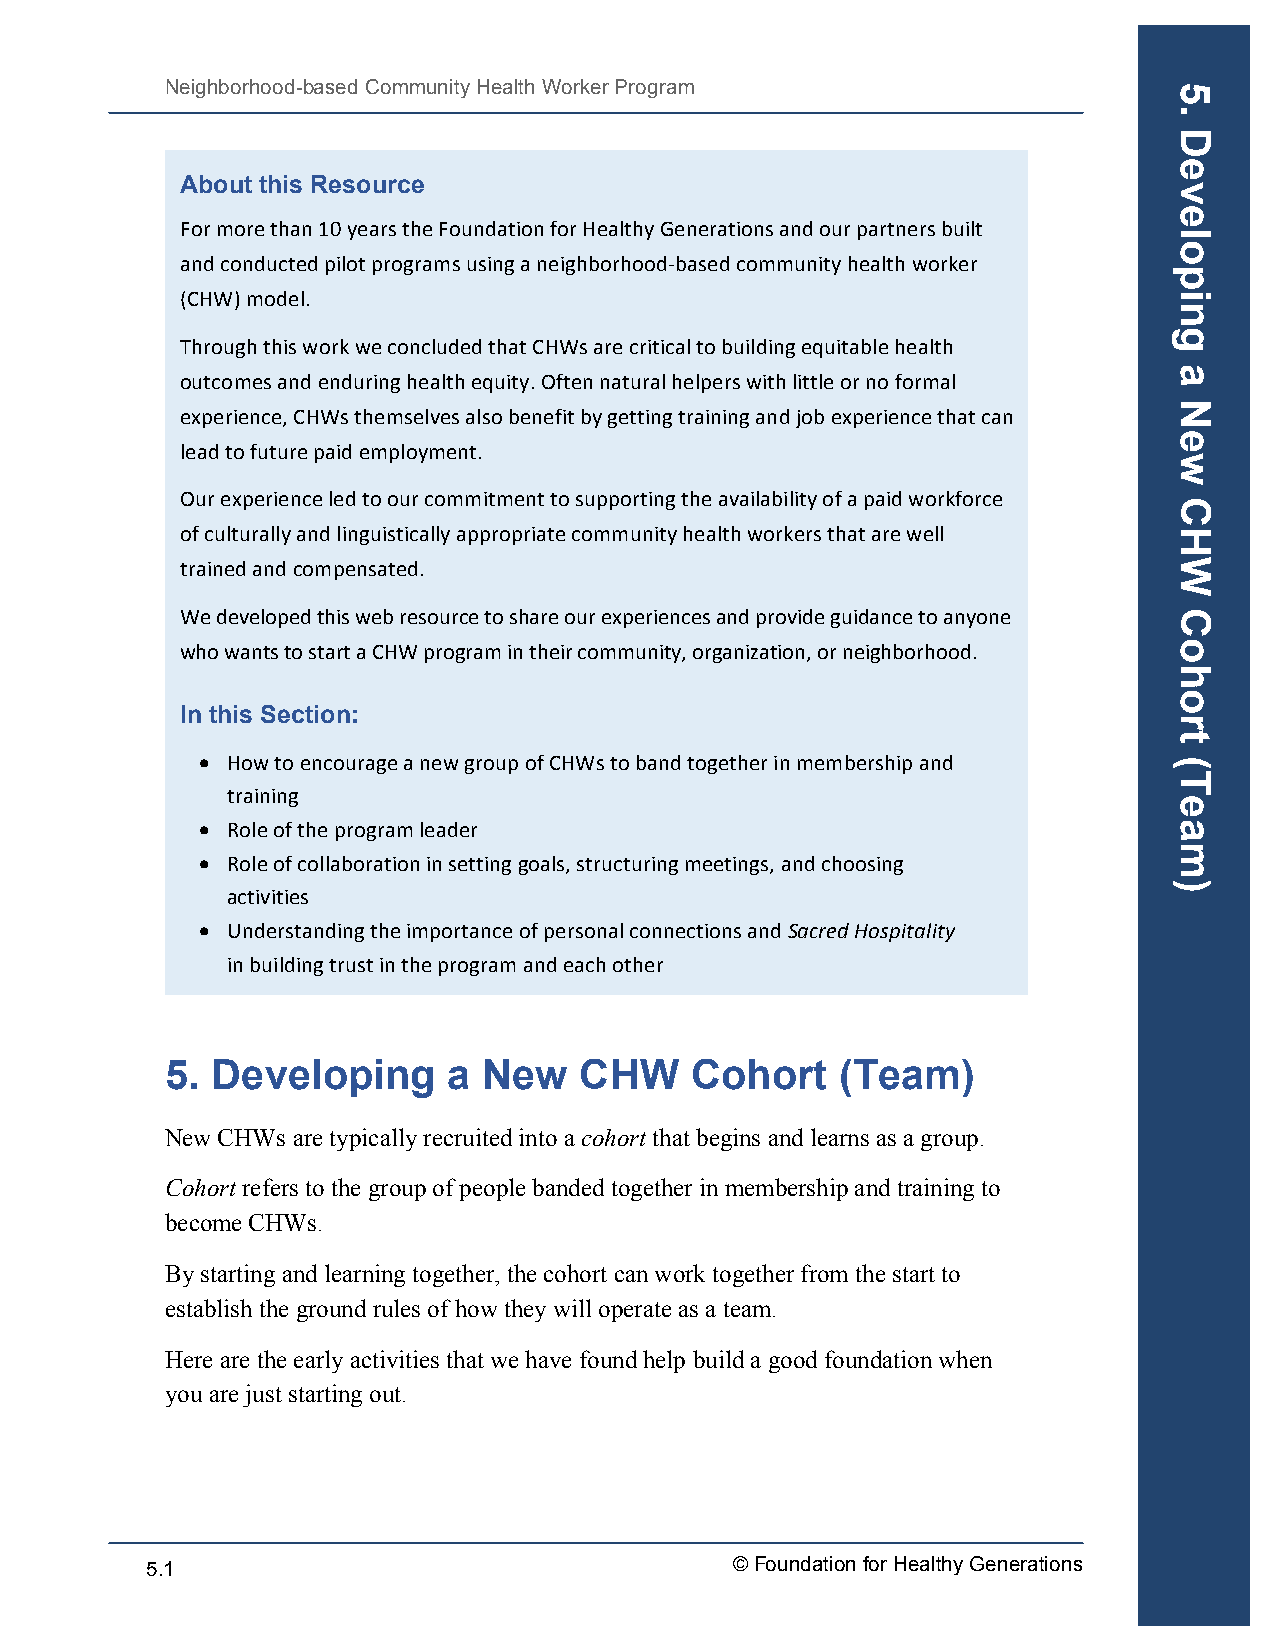
Neighborhood-based Community Health Worker Program
 About this Resource
 For more than 10 years the Foundation for Healthy Generations and our partners built
 and conducted pilot programs using a neighborhood-­‐based community health worker
 (CHW) model.
 Through this work we concluded that CHWs are critical to building equitable health
 outcomes and enduring health equity. Often natural helpers with little or no formal
 experience, CHWs themselves also benefit by getting training and job experience that can
 lead to future paid employment.
 Our experience led to our commitment to supporting the availability of a paid workforce
 of culturally and linguistically appropriate community health workers that are well
 trained and compensated.
 We developed this web resource to share our experiences and provide guidance to anyone
 who wants to start a CHW program in their community, organization, or neighborhood.
 In this Section:
 • How to encourage a new group of CHWs to band together in membership and
 training
 • Role of the program leader
 • Role of collaboration in setting goals, structuring meetings, and choosing
 activities
 • Understanding the importance of personal connections and Sacred Hospitality
 in building trust in the program and each other
 5. Developing      a New   CHW     Cohort    (Team)
 New CHWs are typically recruited into a cohort that begins and learns as a group.
 Cohort refers to the group of people banded together in membership and training to
 become CHWs.
 By starting and learning together, the cohort can work together from the start to
 establish the ground rules of how they will operate as a team.
 Here are the early activities that we have found help build a good foundation when
 you are just starting out.
 5.1                                   © Foundation for Healthy Generations
 5.
 Developing
 a
 New
 CHW
 Cohort
 (Team)